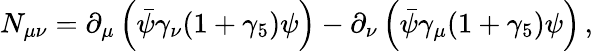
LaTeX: N_{\mu\nu}=\partial_{\mu}\left(\bar{\psi}\gamma_{\nu}(1+\gamma_{5})\psi\right)-\partial_{\nu}\left(\bar{\psi}\gamma_{\mu}(1+\gamma_{5})\psi\right)\, ,